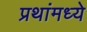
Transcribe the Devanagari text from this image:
प्रथांमध्ये